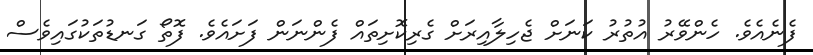
ފެނެއެވެ. ހެންވޭރު އުތުރު ކަނަށް ޖެހިލާއިރަށް ގެރިކޮށިތައް ފެންނަން ފަށައެވެ. ފޮތޯ ގަނޑުތަކުގައިވެސް